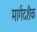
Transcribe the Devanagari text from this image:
मार्गदशैक